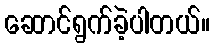
ဆောင်ရွက်ခဲ့ပါတယ်။